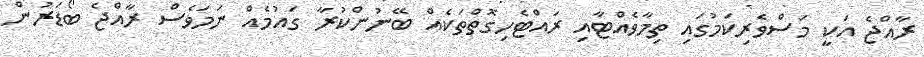
ރާއްޖެ އަކީ މަސްވެރިކަމުގައި ތިމާވެއްޓާއި ރައްޓެހިގޮތްތަކެއް ބޭނުންކުރާ ގައުމެއް ނަމަވެސް ރާއްޖެ ބޯޑަރުން